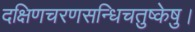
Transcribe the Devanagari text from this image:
दक्षिणचरणसन्धिचतुष्केषु।